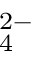
_ 4 ^ { 2 - }